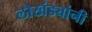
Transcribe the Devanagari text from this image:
लोखंड्यांनी